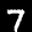
Label: 7